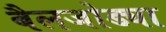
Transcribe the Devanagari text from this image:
बैलजोड्या